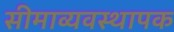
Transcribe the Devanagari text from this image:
सीमाव्यवस्थापक